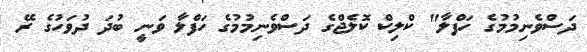
ދަސްވެނިމުމުގެ ހަފްލާ" ކްލިކް ކޮލެޖްގެ ދަސްވެނިމުމުގެ ހަފްލާ ވަނީ ބުދަ ދުވަހުގެ ރޭ